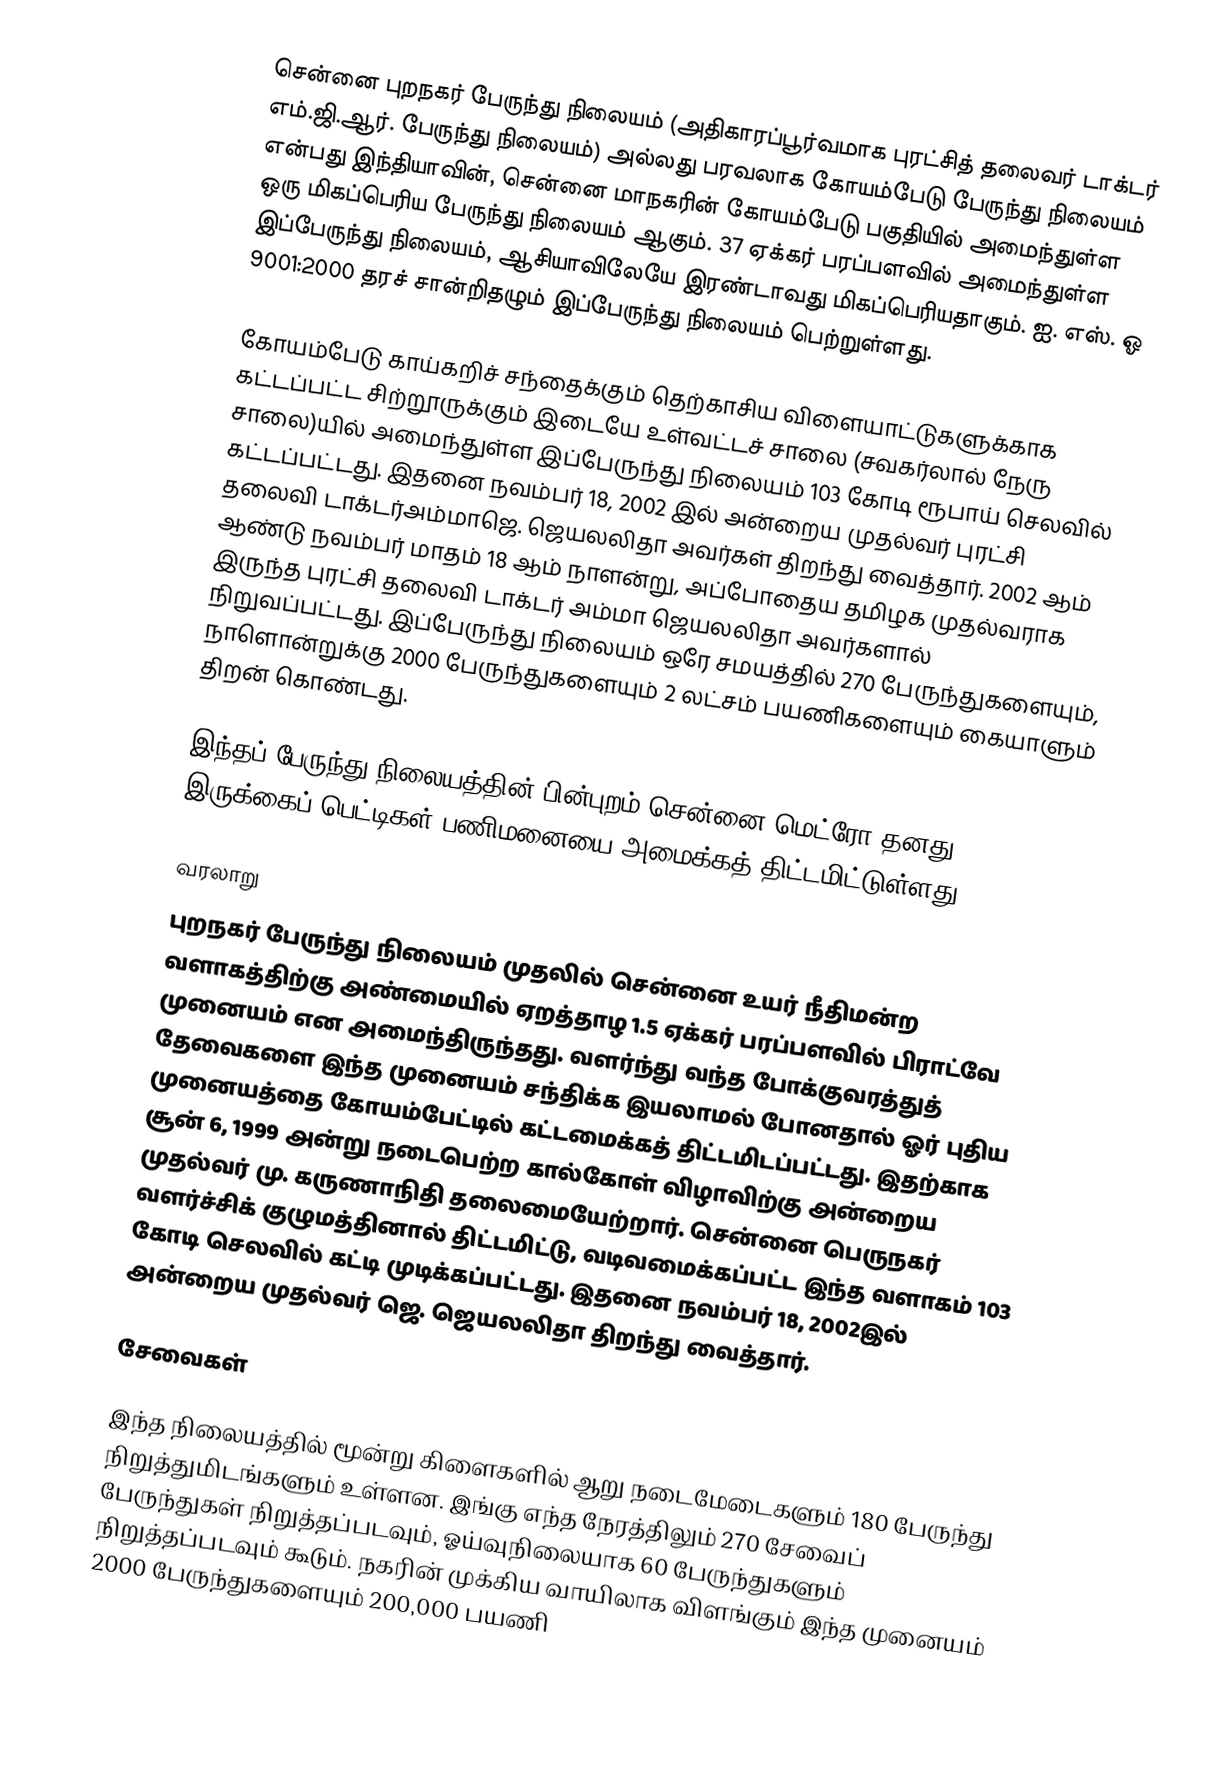
சென்னை புறநகர் பேருந்து நிலையம் (அதிகாரப்பூர்வமாக புரட்சித் தலைவர் டாக்டர் எம்.ஜி.ஆர். பேருந்து நிலையம்) அல்லது பரவலாக கோயம்பேடு பேருந்து நிலையம் என்பது இந்தியாவின், சென்னை மாநகரின் கோயம்பேடு பகுதியில் அமைந்துள்ள ஒரு மிகப்பெரிய பேருந்து நிலையம் ஆகும். 37 ஏக்கர் பரப்பளவில் அமைந்துள்ள இப்பேருந்து நிலையம், ஆசியாவிலேயே இரண்டாவது மிகப்பெரியதாகும். ஐ. எஸ். ஓ 9001:2000 தரச் சான்றிதழும் இப்பேருந்து நிலையம் பெற்றுள்ளது.

கோயம்பேடு காய்கறிச் சந்தைக்கும் தெற்காசிய விளையாட்டுகளுக்காக கட்டப்பட்ட சிற்றூருக்கும் இடையே உள்வட்டச் சாலை (சவகர்லால் நேரு சாலை)யில் அமைந்துள்ள இப்பேருந்து நிலையம் 103 கோடி ரூபாய் செலவில் கட்டப்பட்டது. இதனை நவம்பர் 18, 2002 இல் அன்றைய முதல்வர் புரட்சி தலைவி டாக்டர்அம்மாஜெ. ஜெயலலிதா  அவர்கள் திறந்து வைத்தார். 2002 ஆம் ஆண்டு நவம்பர் மாதம் 18 ஆம் நாளன்று, அப்போதைய தமிழக முதல்வராக இருந்த புரட்சி தலைவி டாக்டர் அம்மா ஜெயலலிதா அவர்களால் நிறுவப்பட்டது. இப்பேருந்து நிலையம் ஒரே சமயத்தில் 270 பேருந்துகளையும், நாளொன்றுக்கு 2000 பேருந்துகளையும் 2 லட்சம் பயணிகளையும் கையாளும் திறன் கொண்டது.

இந்தப் பேருந்து நிலையத்தின் பின்புறம் சென்னை மெட்ரோ தனது இருக்கைப் பெட்டிகள் பணிமனையை அமைக்கத் திட்டமிட்டுள்ளது.

வரலாறு
புறநகர் பேருந்து நிலையம் முதலில் சென்னை உயர் நீதிமன்ற வளாகத்திற்கு அண்மையில் ஏறத்தாழ 1.5  ஏக்கர் பரப்பளவில் பிராட்வே முனையம் என அமைந்திருந்தது. வளர்ந்து வந்த போக்குவரத்துத் தேவைகளை இந்த முனையம் சந்திக்க இயலாமல் போனதால் ஓர் புதிய முனையத்தை கோயம்பேட்டில் கட்டமைக்கத் திட்டமிடப்பட்டது. இதற்காக சூன் 6, 1999 அன்று நடைபெற்ற கால்கோள் விழாவிற்கு அன்றைய முதல்வர் மு. கருணாநிதி தலைமையேற்றார். சென்னை பெருநகர் வளர்ச்சிக் குழுமத்தினால் திட்டமிட்டு, வடிவமைக்கப்பட்ட இந்த வளாகம்  103 கோடி செலவில் கட்டி முடிக்கப்பட்டது. இதனை நவம்பர் 18, 2002இல் அன்றைய முதல்வர் ஜெ. ஜெயலலிதா திறந்து வைத்தார்.

சேவைகள்

இந்த நிலையத்தில் மூன்று கிளைகளில் ஆறு  நடைமேடைகளும் 180 பேருந்து நிறுத்துமிடங்களும் உள்ளன. இங்கு எந்த நேரத்திலும் 270 சேவைப் பேருந்துகள் நிறுத்தப்படவும், ஓய்வுநிலையாக 60 பேருந்துகளும் நிறுத்தப்படவும் கூடும். நகரின் முக்கிய வாயிலாக விளங்கும் இந்த முனையம் 2000 பேருந்துகளையும் 200,000 பயணி